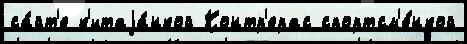
са́йт'е к'итаjа́нкой Контр'ерас спортсм'е́нкой